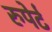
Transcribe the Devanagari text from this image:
रुपेर्ट